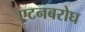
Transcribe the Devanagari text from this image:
एटनबरोघ